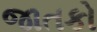
જાતકો